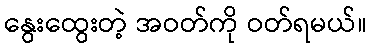
နွေးထွေးတဲ့ အဝတ်ကို ဝတ်ရမယ်။